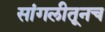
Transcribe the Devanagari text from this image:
सांगलीतूनच